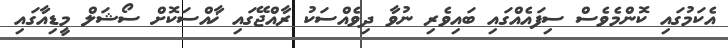
އެކަމުގައި ކޮންމެވެސް ސިފައެއްގައި ބައިވެރި ނުވާ ދިވެއްސަކު ރާއްޖޭގައި ޚާއްސަކޮށް ސޯޝަލް މީޑިއާގައި